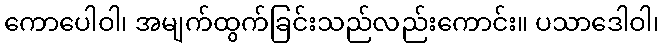
ကောပေါဝါ၊ အမျက်ထွက်ခြင်းသည်လည်းကောင်း။ ပသာဒေါဝါ၊